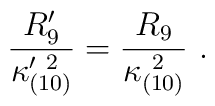
{R_9^\prime \over \kappa_{(10)}^{\prime\ 2}} ={R_9\over \kappa_{(10)}^{\ 2}}\ .